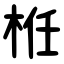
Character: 栣